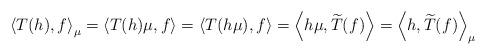
LaTeX: \begin{align*}\left<T(h),f\right>_{\mu}=\left<T(h)\mu,f\right>=\left<T(h\mu),f\right>=\left<h\mu,\widetilde{T}(f)\right>=\left<h,\widetilde{T}(f)\right>_{\mu}\end{align*}